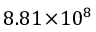
8 . 8 1 \! \times \! 1 0 ^ { 8 }